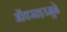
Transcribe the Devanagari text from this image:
ऑक्साइडमुळे